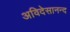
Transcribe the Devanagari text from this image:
अविदेसानन्द